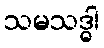
သမသဒ္ဓါ